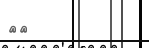
٣٩